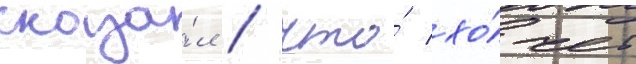
сказа́л / что́ хо́чет